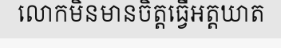
លោកមិនមានចិត្តធ្វើអត្តឃាត